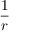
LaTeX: \frac { 1 } { r }